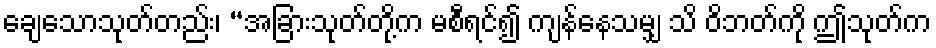
ချေသောသုတ်တည်း၊ “အခြားသုတ်တို့က မစီရင်၍ ကျန်နေသမျှ သိ ဝိဘတ်ကို ဤသုတ်က